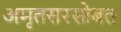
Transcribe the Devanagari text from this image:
अमृतसरसोबत